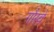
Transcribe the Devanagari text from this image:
गौरवे